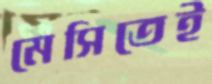
মেসিতেই